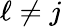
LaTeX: \ell\neq j